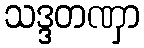
သဒ္ဒတဏှာ